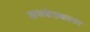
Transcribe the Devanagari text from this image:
अधश्चेतकावर